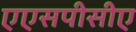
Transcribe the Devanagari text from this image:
एएसपीसीए